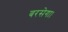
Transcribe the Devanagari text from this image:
बरसेगा।